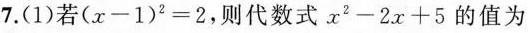
7.(1)若$$( x - 1 ) ^ { 2 } = 2$$，则代数式$$x ^ { 2 } - 2 x + 5$$的值为